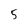
Character: 5